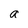
Character: a